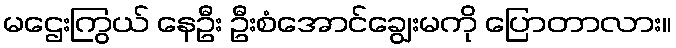
မဌေးကြွယ် နေဦး ဦးစံအောင်ချွေးမကို ပြောတာလား။